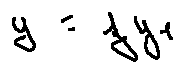
y = z y _ { 1 }